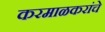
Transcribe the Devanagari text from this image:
करमाळकरांचे